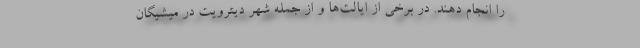
را انجام دهند. در برخی از ایالت‌ها و از جمله شهر دیترویت در میشیگان